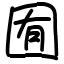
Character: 囿